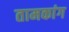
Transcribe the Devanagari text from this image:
तामकांग